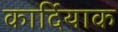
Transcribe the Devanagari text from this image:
कार्दियाक